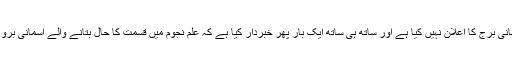
امریکی خلائی تحقیقی ادارے ناسا نے واضح کیا ہے کہ اس نے کسی تیرہویں آسمانی برج کا اعلان نہیں کیا ہے اور ساتھ ہی ساتھ ایک بار پھر خبردار کیا ہے کہ علمِ نجوم میں قسمت کا حال بتانے والے آسمانی بروج کی تاریخوں میں ایک دو دن کا نہیں بلکہ تقریباً ایک مہینے کا فرق پڑچکا ہے۔